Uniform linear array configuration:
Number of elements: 4
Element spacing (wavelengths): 0.5
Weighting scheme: exponential
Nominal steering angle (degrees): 45
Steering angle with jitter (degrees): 46.278
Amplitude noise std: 0.05
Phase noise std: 0.05

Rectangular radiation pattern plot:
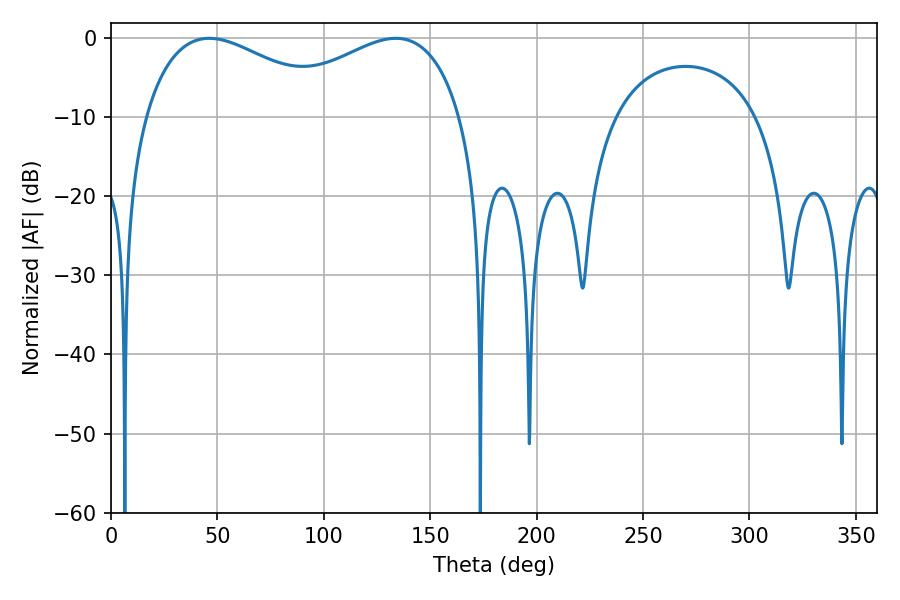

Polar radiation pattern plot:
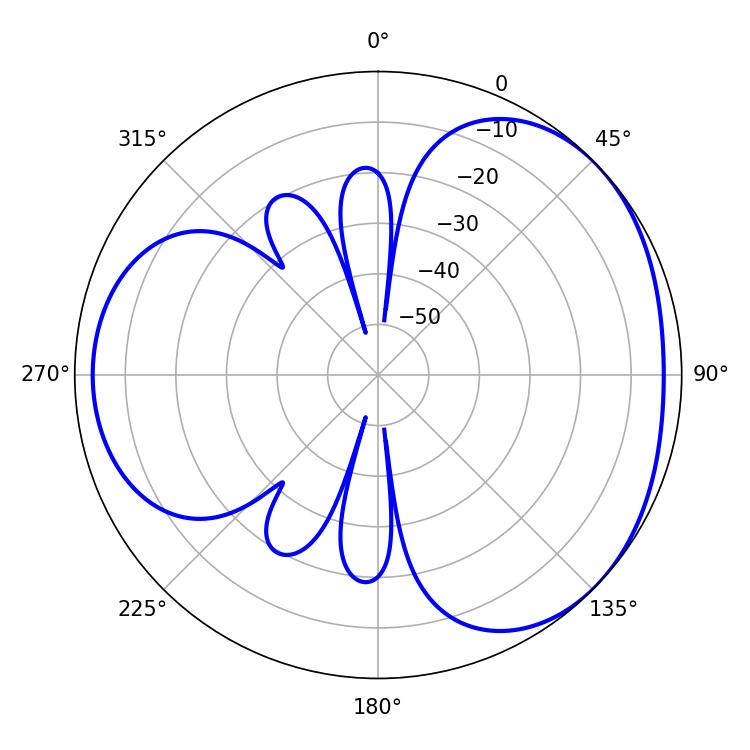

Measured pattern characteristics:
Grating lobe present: FALSE
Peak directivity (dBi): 3.303
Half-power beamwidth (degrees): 50.58
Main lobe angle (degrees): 46.26